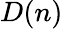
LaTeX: D(n)